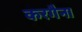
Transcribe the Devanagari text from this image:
करगैना